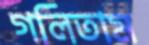
গলিতাম